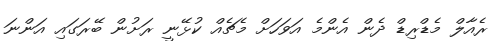
ރެއާލް މެޑްރިޑް ދެން އެންމެ އަވަހަށް މެޗެއް ކުޅޭނީ ރަށުން ބޭރަގައި އަންނަ